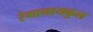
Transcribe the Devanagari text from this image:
रंगानायकुल